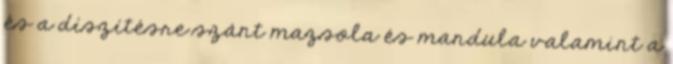
és a díszítésre szánt mazsola és mandula valamint a